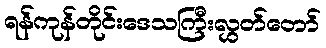
ရန်ကုန်တိုင်းဒေသကြီးလွှတ်တော်